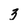
Character: 3